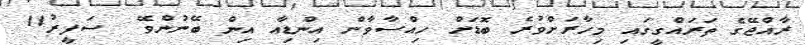
ރާއްޖޭގެ ތަރައްގީގައި މިހާރަށްވުރެ ބޮޑަށް ހިއްސާވާން އިންޑިއާ އިން ބޭނުންވޭ  ސަފީރު11